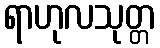
ရာဟုလသုတ္တ